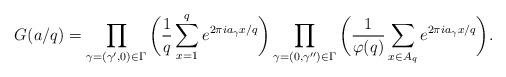
LaTeX: \begin{align*}G(a/q) = \prod_{\gamma = (\gamma', 0) \in \Gamma} \bigg(\frac{1}{q} \sum_{x = 1}^q e^{2\pi i a_\gamma x /q} \bigg) \prod_{\gamma = (0, \gamma'') \in \Gamma} \bigg(\frac{1}{\varphi(q)} \sum_{x \in A_q} e^{2\pi i a_\gamma x /q} \bigg).\end{align*}